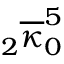
{ } _ { 2 } \overline { { \kappa } } _ { 0 } ^ { 5 }